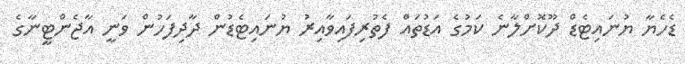
ޑެހެޔާ ޔުނައިޓެޑް ދޫކޮށްލާނެ ކަމުގެ އަޑުތައް ފެތުރިފައިވާއިރު ޔުނައިޓެޑުން ދާދިފަހުން ވަނީ އާޖެންޓީނާގެ